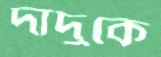
দাদুকে